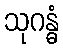
သုဂန္ဓံ